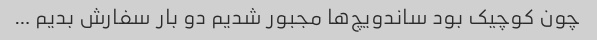
چون کوچیک بود ساندویچ‌ها مجبور شدیم دو بار سفارش بدیم …